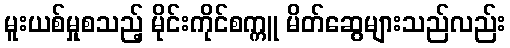
မူးယစ်မှုစသည့် မိုင်းကိုင်စက္ကူ မိတ်ဆွေများသည်လည်း